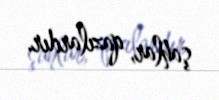
şahlar, qazılardır.